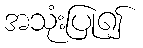
အသုံးပြု၍